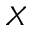
X